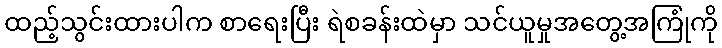
ထည့်သွင်းထားပါက စာရေးပြီး ရဲစခန်းထဲမှာ သင်ယူမှုအတွေ့အကြုံကို